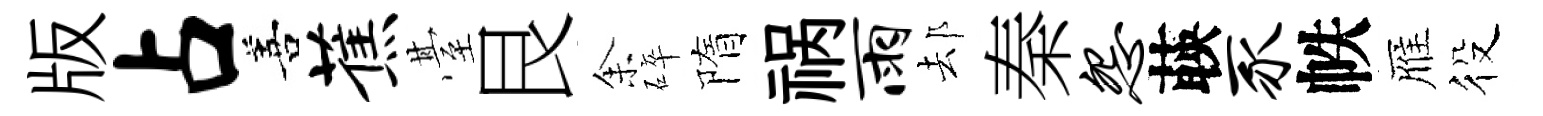
版占善蕉䑓艮𪜬碎隋祸雨𨚫秦怨𦴤豕帙雁役